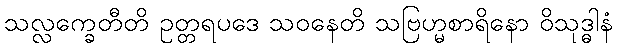
သလ္လက္ခေတီတိ ဥတ္တရပဒေ သဝနေတိ သဗြဟ္မစာရိနော ဝိသုဒ္ဓါနံ